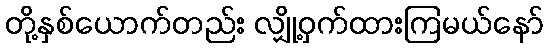
တို့နှစ်ယောက်တည်း လျှို့ဝှက်ထားကြမယ်နော်